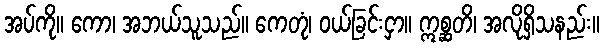
အပ်ကို။ ကော၊ အဘယ်သူသည်။ ကေတုံ၊ ဝယ်ခြင်းငှာ။ ဣစ္ဆတိ၊ အလိုရှိသနည်း။